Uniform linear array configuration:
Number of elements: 4
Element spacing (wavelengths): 0.75
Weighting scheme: binomial
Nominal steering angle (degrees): -60
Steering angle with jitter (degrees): -59.783
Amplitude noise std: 0.05
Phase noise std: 0.05

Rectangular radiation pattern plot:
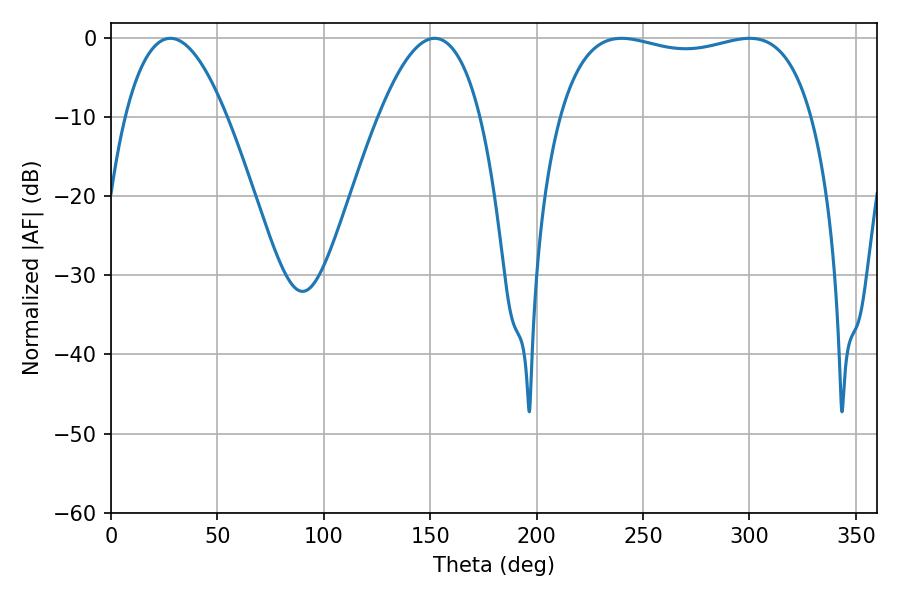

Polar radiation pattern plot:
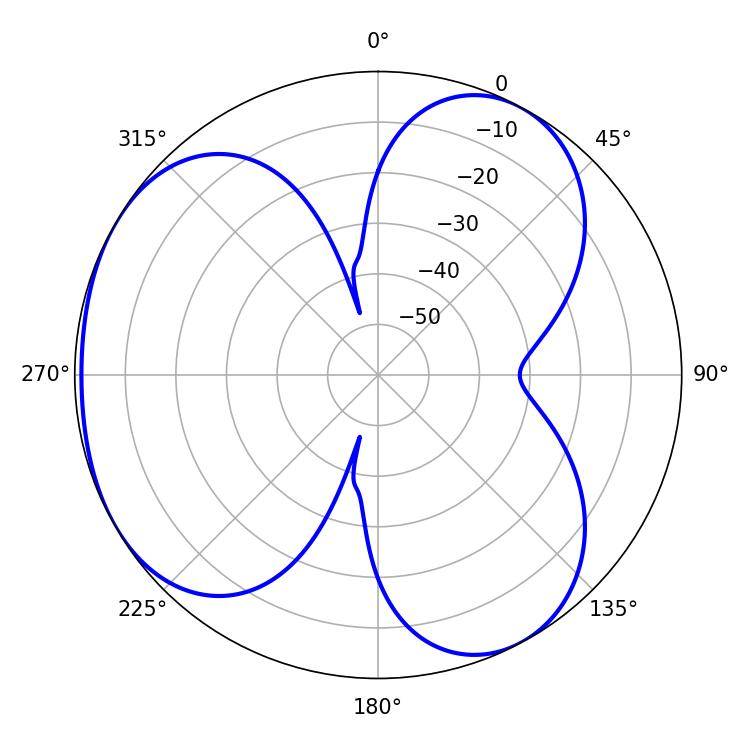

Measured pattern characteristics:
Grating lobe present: TRUE
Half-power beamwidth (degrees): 26.46
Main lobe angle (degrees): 27.9